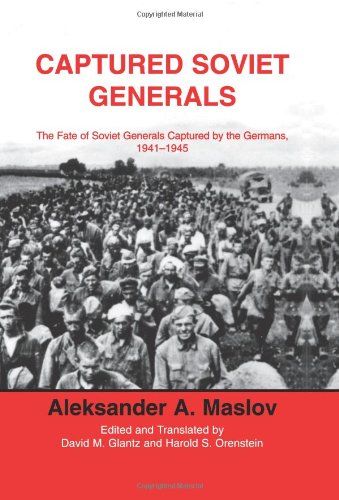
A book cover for Captured Soviet Generals: The Fate of Soviet Generals Captured in Combat 1941-45 (Cass Series on Soviet (Russian) Military Institutions); A.A. Maslov; History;